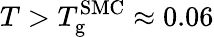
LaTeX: T>T_{\mathrm{g}}^{\mathrm{SMC}}\approx 0.06